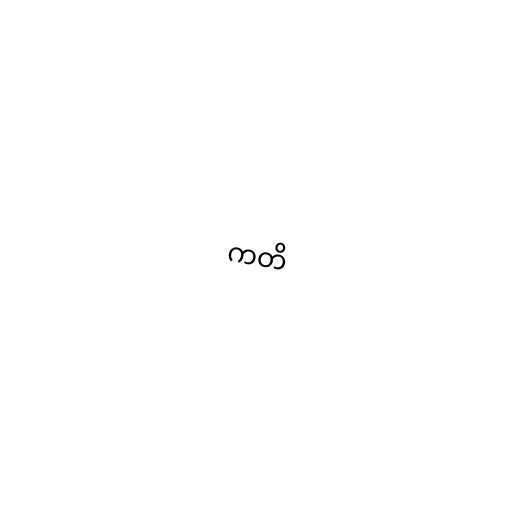
ကတိ